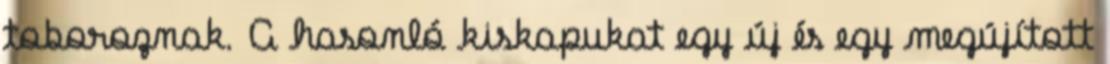
toboroznak. A hasonló kiskapukat egy új és egy megújított